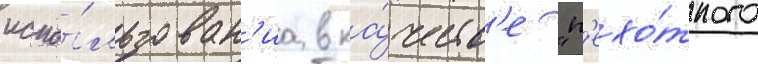
испо́льзован'иа в ка́честв'е "п'ехо́тного